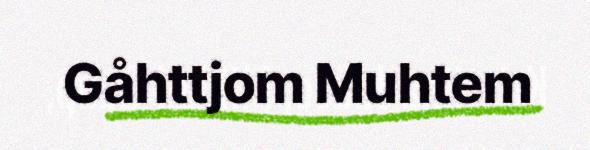
Gåhttjom Muhtem